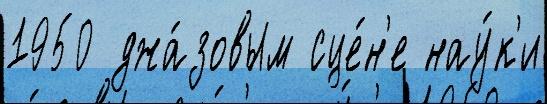
1950 джа́зовым сце́н'е нау́к'и